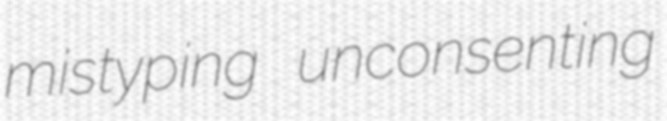
mistyping unconsenting